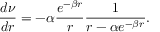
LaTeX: \frac { d \nu } { d r } = - \alpha \frac { e ^ { - \beta r } } { r } \frac { 1 } { r - \alpha e ^ { - \beta r } } .